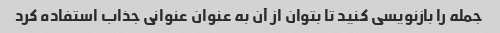
جمله را بازنویسی کنید تا بتوان از آن به عنوان عنوانی جذاب استفاده کرد